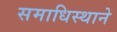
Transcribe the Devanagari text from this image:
समाधिस्थाने